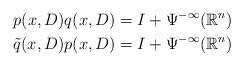
LaTeX: \begin{align*}p(x,D)q(x,D) &= I + \Psi^{-\infty}(\mathbb{R}^n) \\\tilde{q}(x,D)p(x,D) &= I + \Psi^{-\infty}(\mathbb{R}^n)\end{align*}